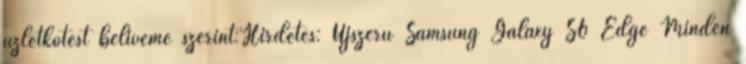
üzletkötést beliveme szerint:Hirdetés: Újszerű Samsung Galaxy S6 Edge Minden